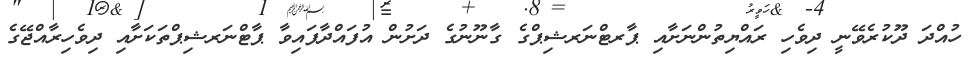
ހުއްދަ ދޫކުރެވޭނީ ދިވެހި ރައްޔިތުންނަށާއި ޕާރޓްނަރޝިޕްގެ ގާނޫނުގެ ދަށުން އުފައްދާފައިވާ ޕާޓްނަރޝިޕްތަކަށާއި ދިވެހިރާއްޖޭގެ